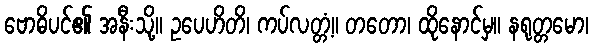
ဗောဓိပင်၏ အနီးသို့။ ဥပေဟိတိ၊ ကပ်လတ္တံ့။ တတော၊ ထိုနောင်မှ။ နရုတ္တမော၊